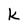
Character: k